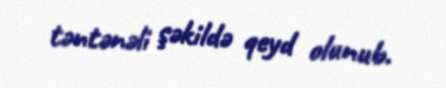
təntənəli şəkildə qeyd olunub.